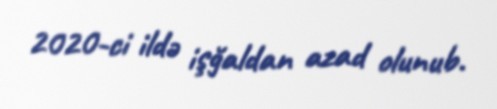
2020-ci ildə işğaldan azad olunub.